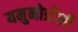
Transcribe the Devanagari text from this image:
यमुनोत्रीशी